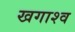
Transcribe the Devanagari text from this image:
खगाश्व